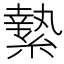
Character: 縶